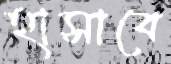
হাসাবে